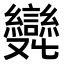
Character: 𠮖